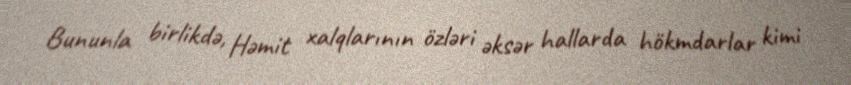
Bununla birlikdə, Həmit xalqlarının özləri əksər hallarda hökmdarlar kimi